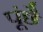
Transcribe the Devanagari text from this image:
पूंछै